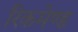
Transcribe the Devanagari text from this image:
रिकमेण्ड